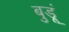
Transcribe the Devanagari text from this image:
बुडूं